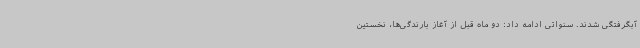
آبگرفتگی شدند. سنواتی ادامه داد: دو ماه قبل از آغاز بارندگی‌ها، نخستین